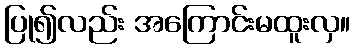
ပြု၍လည်း အကြောင်းမထူးလှ။